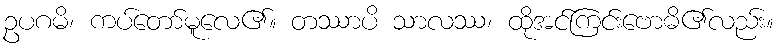
ဥပဂမိ၊ ကပ်တော်မူလေ၏။ တဿာပိ သာလဿ၊ ထိုအင်ကြင်းဗောဓိ၏လည်း။